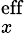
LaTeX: _x^{\mathrm{eff}}